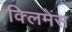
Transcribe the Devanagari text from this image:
क्लिमेंस